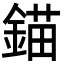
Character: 錨